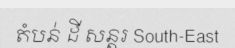
តំបន់ ដី សន្តរ South-East